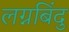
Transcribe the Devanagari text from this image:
लग्नबिंदु